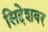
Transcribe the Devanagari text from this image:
सिद्देशवर